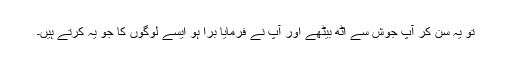
تو یہ سن کر آپ جوش سے اٹھ بیٹھے اور آپؐ نے فرمایا برا ہو ایسے لوگوں کا جو یہ کرتے ہیں۔